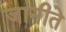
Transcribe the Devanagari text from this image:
जानीते